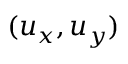
( { { u } _ { x } } , { { u } _ { y } } )